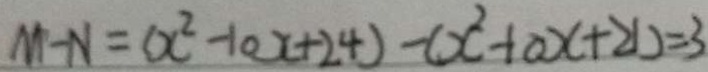
M - N = ( x ^ { 2 } - 1 0 x + 2 4 ) - ( x ^ { 2 } + a x + 2 1 ) = 3